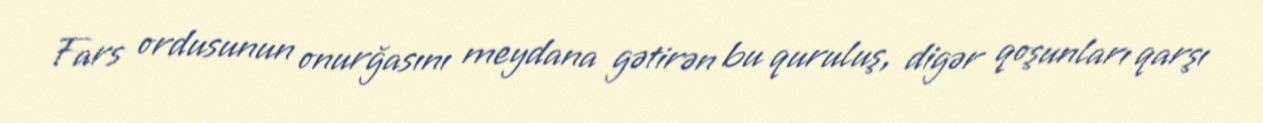
Fars ordusunun onurğasını meydana gətirən bu quruluş, digər qoşunları qarşı